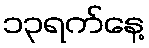
၁၃ရက်နေ့